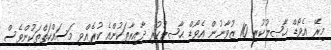
މިރޭ އެވޯޑް ޙާޞިލުކުރި 10 ޒުވާނުން އެވޯޑް ޙާޞިލުކުރި ދާއިރާތަކުންއެ ކުރެއްވި މަސައްކަތްތަކުންވެސް